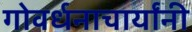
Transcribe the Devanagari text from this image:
गोवर्धनाचार्यांनी